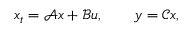
x _ { t } = \mathcal { A } x + \mathcal { B } u , \qquad y = \mathcal { C } x ,